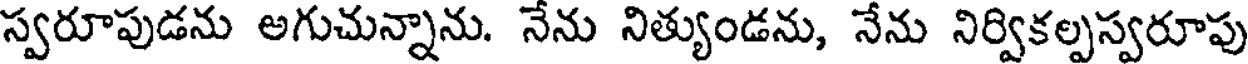
స్వరూపుడను అగుచున్నాను. నేను నిత్యుండను, నేను నిర్వికల్పస్వరూపు